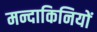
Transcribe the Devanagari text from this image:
मन्दाकिनियों